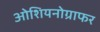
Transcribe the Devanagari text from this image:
ओशियनोग्राफर